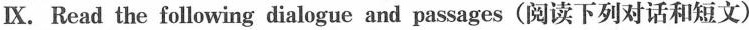
Ⅸ.Read the following dialogue and passages(阅读下列对话和短文)